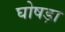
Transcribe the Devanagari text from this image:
घोषड़ा